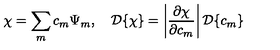
\chi = \sum _ { m } c _ { m } \Psi _ { m } , \quad { \cal D } \{ \chi \} = \left| \frac { \partial \chi } { \partial c _ { m } } \right| { \cal D } \{ c _ { m } \}